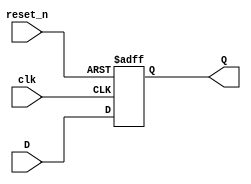
module D_FF( clk, reset_n, D, Q);
input clk,D, reset_n;
output  Q;
reg Q;

always @( posedge clk or posedge reset_n) begin
    if( reset_n) 
    Q <= 1'b0;
    else 
    Q <= D;
end
endmodule

module T_FF( clk, clear , q );
input clk,clear;
output q ;
wire d;

D_FF dff0( clk, clear, d , q);
not n1( d , q );

endmodule
 
module ripple_counter( out , clk, clear );
output [3:0] out ;
input clk, clear;

T_FF tff0( clk , clear , out[0] );
T_FF tff1( clk , clear , out[1] );
T_FF tff2( clk , clear , out[2] );
T_FF tff3( clk , clear , out[3] );


endmodule